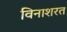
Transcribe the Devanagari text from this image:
विनाशरत